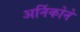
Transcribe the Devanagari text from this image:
अर्निकोने